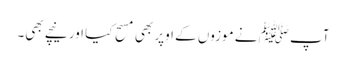
آپ ﷺ نے موزوں کے اوپر بھی مسح کیا اور نیچے بھی۔